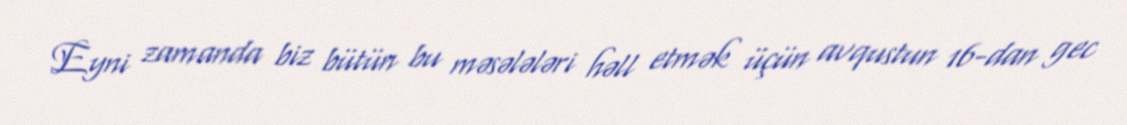
Eyni zamanda biz bütün bu məsələləri həll etmək üçün avqustun 16-dan gec